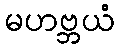
မဟဗ္ဘယံ